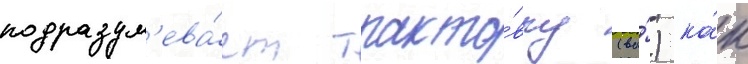
подразум'ева́ет тракто́вку (ва́) ка́к